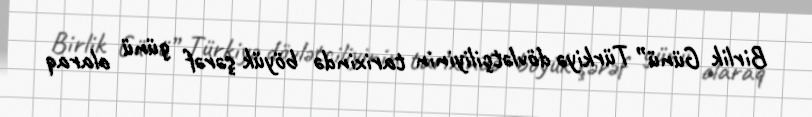
Birlik Günü” Türkiyə dövlətçiliyinin tarixində böyük şərəf günü olaraq